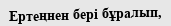
Ертеңнен бері бұралып,